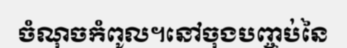
ចំណុចកំពូល។នៅចុងបញ្ចប់នៃ